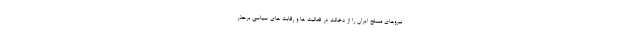
نیروهای مسلح ایران را از دخالت در فعالیت ها و رقابت های سیاسی برحذر